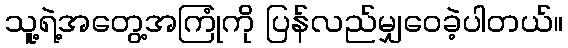
သူ့ရဲ့အတွေ့အကြုံကို ပြန်လည်မျှဝေခဲ့ပါတယ်။